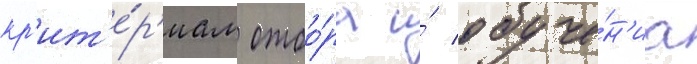
кр'ит'е́р'иам отбо́ра и́ обуче́н'иа